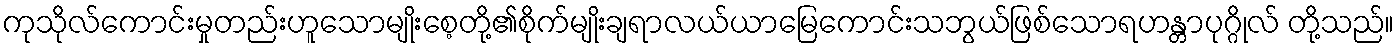
ကုသိုလ်ကောင်းမှုတည်းဟူသောမျိုးစေ့တို့၏စိုက်မျိုးချရာလယ်ယာမြေကောင်းသဘွယ်ဖြစ်သောရဟန္တာပုဂ္ဂိုလ် တို့သည်။